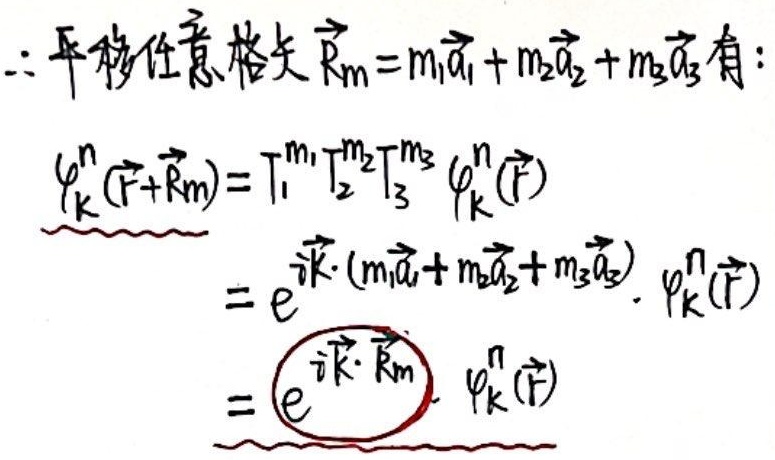
$\therefore$ 平移任意格矢 $\vec{R}_m = m_1\vec{a}_1 + m_2\vec{a}_2 + m_3\vec{a}_3$ 有：
\[
\begin{align*}
\varphi_{\vec{k}}^{n}(\vec{r}+\vec{R}_m)&= T_1^{m_1}T_2^{m_2}T_3^{m_3}\varphi_{\vec{k}}^{n}(\vec{r})\\
&=e^{i\vec{k}\cdot(m_1\vec{a}_1 + m_2\vec{a}_2 + m_3\vec{a}_3)}\cdot\varphi_{\vec{k}}^{n}(\vec{r})\\
&=e^{i\vec{k}\cdot\vec{R}_m}\cdot\varphi_{\vec{k}}^{n}(\vec{r})
\end{align*}
\]